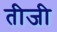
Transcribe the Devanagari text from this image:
तीजी